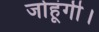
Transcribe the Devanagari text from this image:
जोहूंगी।